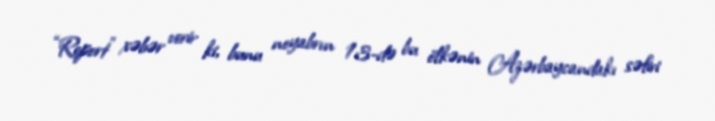
“Report” xəbər verir ki, bunu noyabrın 13-də bu ölkənin Azərbaycandakı səfiri